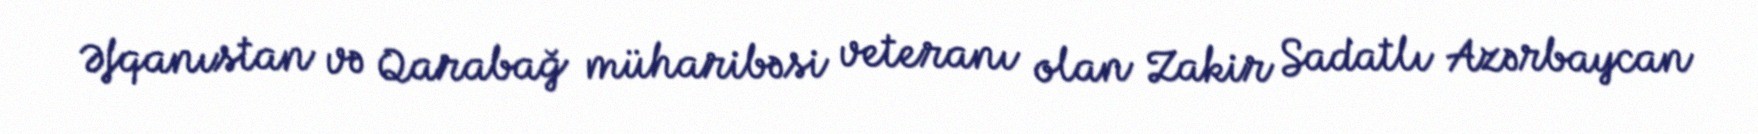
Əfqanıstan və Qarabağ müharibəsi veteranı olan Zakir Sadatlı Azərbaycan